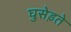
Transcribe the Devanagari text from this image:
घुसेड़ते